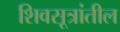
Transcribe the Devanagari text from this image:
शिवसूत्रांतील